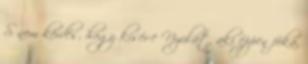
S nem kérdés, hogy kísér-e Nyulat, aki éppen fóka,